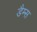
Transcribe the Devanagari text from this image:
डैम्स